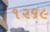
૧૨૬૯